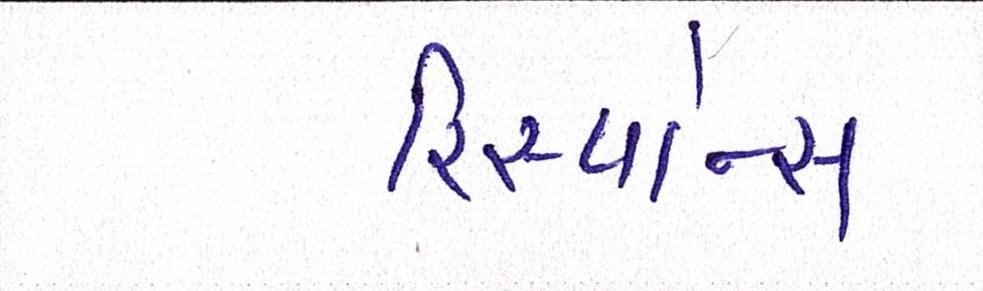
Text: રિસ્પોન્સ